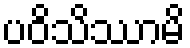
ပဝိသိဿာမိ